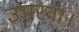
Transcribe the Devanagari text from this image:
उभरना।